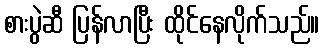
စားပွဲဆီ ပြန်လာပြီး ထိုင်နေလိုက်သည်။